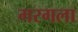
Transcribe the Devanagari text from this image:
मरगला